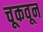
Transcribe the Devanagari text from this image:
चूकवून